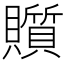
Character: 𧸲